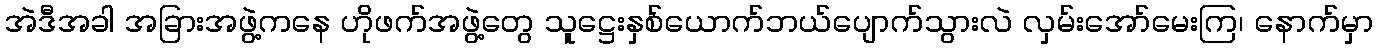
အဲဒီအခါ အခြားအဖွဲ့ကနေ ဟိုဖက်အဖွဲ့တွေ သူဋ္ဌေးနှစ်ယောက်ဘယ်ပျောက်သွားလဲ လှမ်းအော်မေးကြ၊ နောက်မှာ